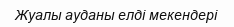
Жуалы ауданы елді мекендері